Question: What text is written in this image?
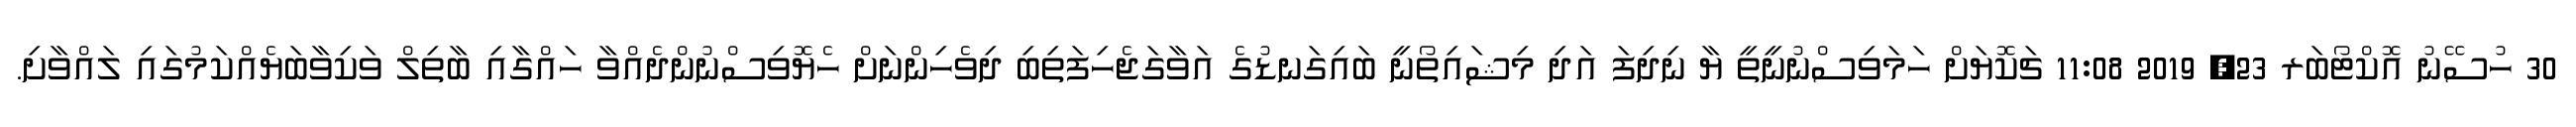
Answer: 30 ހުސޭނު އޮކްޓޯބަރ 23, 2019 11:08 ޗަކޮޔަށް ހަމަވިސްނުނީތީ ޔާ ނިދިފަ އަދި މިޝައިތޯނީ ބައިގަނޑުގެ އަވާގަޖެހިފަތިބި ދިވެހިންނަށް ހެޔޮވިސްނުންދެއްވާ ހައްގާއި ބާތިލް ވަކިވާބަޔެއްކަމުގައި ލައްވާށި.